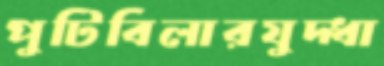
পুটিবিলারযুদ্ধা